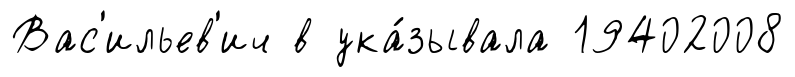
Вас'ильев'ич в ука́зывала 19402008